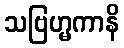
သဗြဟ္မကာနိ